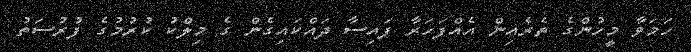
ހަމަވާ މީހުންގެ ތެރެއިން އެއްފަހަރާ ފައިސާ ދައްކައިގެން ގެ މިލްކު ކުރުމުގެ ފުރުސަތު